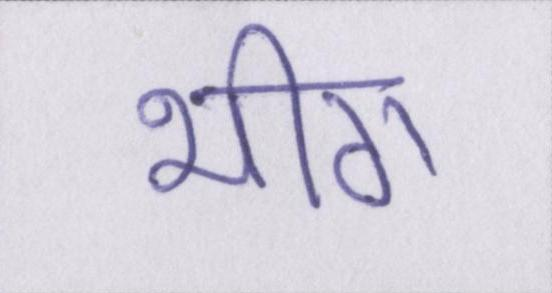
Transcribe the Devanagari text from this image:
भीग